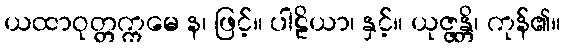
ယထာဝုတ္တက္ကမေ န၊ ဖြင့်။ ပါဠိယာ၊ နှင့်။ ယုဇ္ဇန္တိ၊ ကုန်၏။